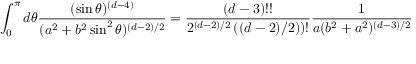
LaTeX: \int _ { 0 } ^ { \pi } d \theta { \frac { ( \sin \theta ) ^ { ( d - 4 ) } } { ( a ^ { 2 } + b ^ { 2 } \sin ^ { 2 } \theta ) ^ { ( d - 2 ) / 2 } } } = { \frac { ( d - 3 ) ! ! } { 2 ^ { ( d - 2 ) / 2 } \left( ( d - 2 ) / 2 ) \right) ! } } { \frac { 1 } { a ( b ^ { 2 } + a ^ { 2 } ) ^ { ( d - 3 ) / 2 } } }